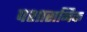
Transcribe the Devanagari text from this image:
पशासनिक